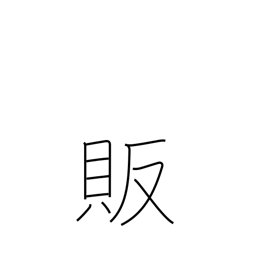
Meaning: trade